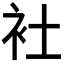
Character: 𬡃